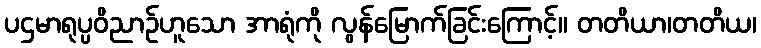
ပဌမာရုပ္ပဝိညာဉ်ဟူသော အာရုံကို လွန်မြောက်ခြင်းကြောင့်။ တတိယာ၊တတိယ၊